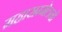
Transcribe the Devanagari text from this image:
महासम्मेलनों